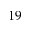
1 9